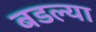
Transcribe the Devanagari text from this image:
बडल्या